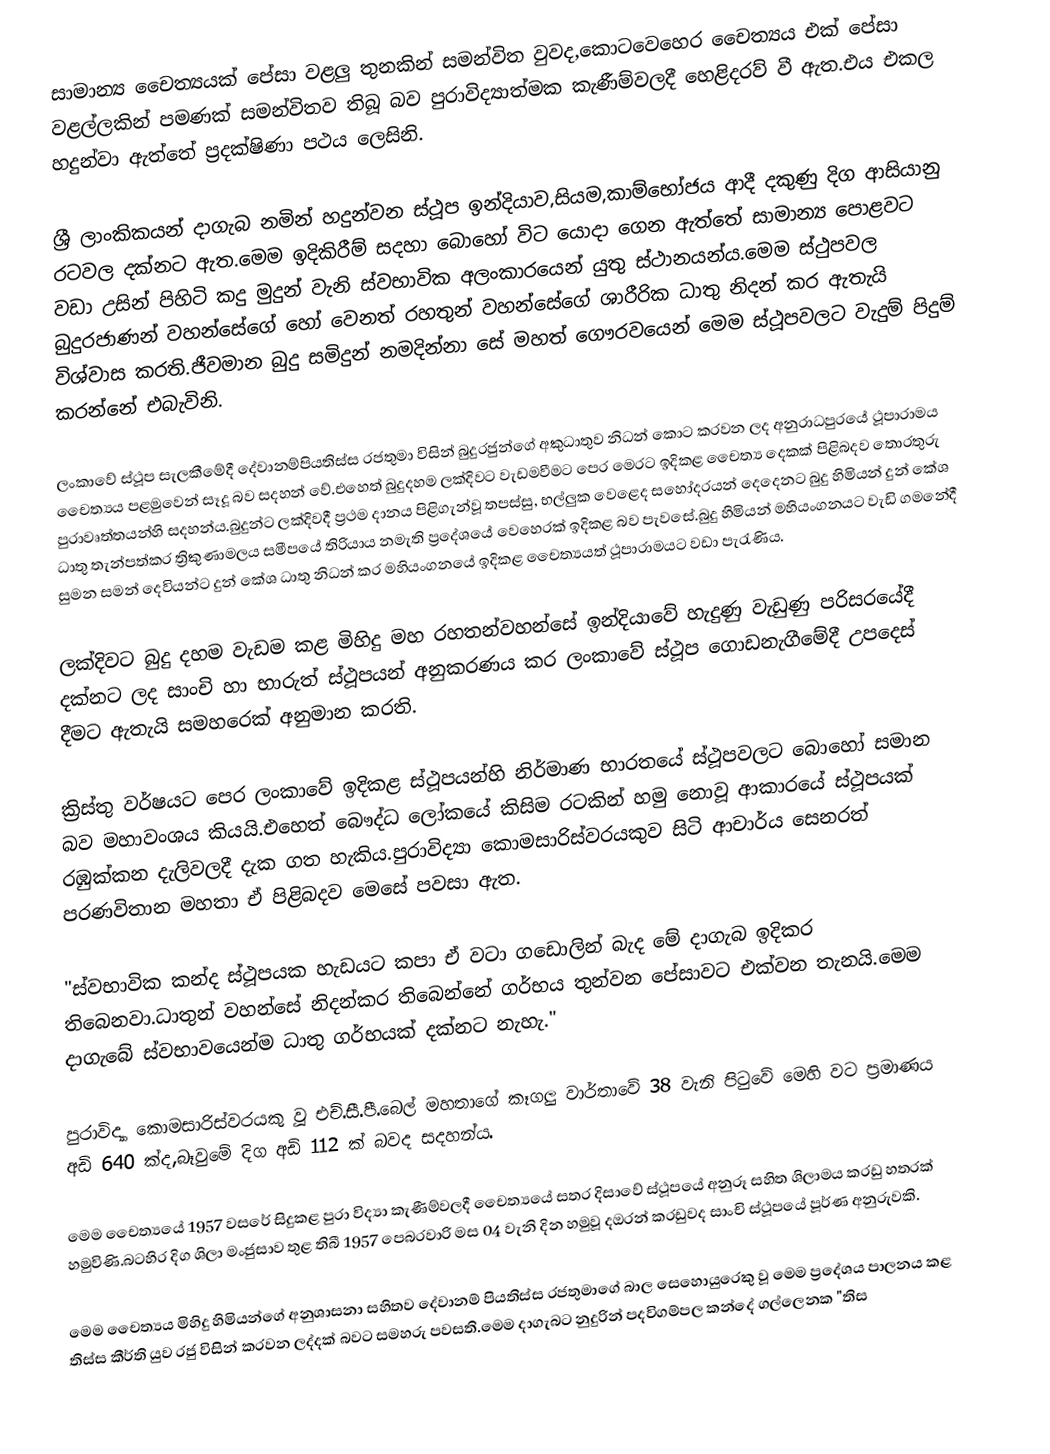
සාමාන්‍ය චෛත්‍යයක් පේසා වළලු තුනකින් සමන්විත වුවද,කොටවෙහෙර චෛත්‍යය එක් පේසා වළල්ලකින් පමණක් සමන්විතව තිබූ බව පුරාවිද්‍යාත්මක කැණීම්වලදී හෙළිදරව් වී ඇත.එය එකල හදුන්වා ඇත්තේ ප්‍රදක්ෂිණා පථය ලෙසිනි.

ශ්‍රී ලාංකිකයන් දාගැබ නමින් හදුන්වන ස්ථූප ඉන්දියාව,සියම,කාම්භෝජය ආදී දකුණු දිග ආසියානු රටවල දක්නට ඇත.මෙම ඉදිකිරීම් සදහා බොහෝ විට යොදා ගෙන ඇත්තේ සාමාන්‍ය පොළවට වඩා උසින් පිහිටි කදු මුදුන් වැනි ස්වභාවික අලංකාරයෙන් යුතු ස්ථානයන්ය.මෙම ස්ථුපවල බුදුරජාණන් වහන්සේගේ හෝ වෙනත් රහතුන් වහන්සේගේ ශාරීරික ධාතු නිදන් කර ඇතැයි විශ්වාස කරති.ජීවමාන බුදු සමිදුන් නමදින්නා සේ මහත් ගෞරවයෙන් මෙම ස්ථූපවලට වැදුම් පිදුම් කරන්නේ එබැවිනි.

ලංකාවේ ස්ථූප සැලකීමේදී දේවානම්පියතිස්ස රජතුමා විසින් බුදුරජුන්ගේ අකුධාතුව නිධන් කොට කරවන ලද අනුරාධපුරයේ ථූපාරාමය චෛත්‍යය පළමුවෙන් සෑදූ බව සදහන් වේ.එහෙත් බුදුදහම ලක්දිවට වැඩමවීමට පෙර මෙරට ඉදිකළ චෛත්‍ය දෙකක් පිළිබදව තොරතුරු පුරාවෘත්තයන්හි සදහන්ය.බුදුන්ට ලක්දිවදී ප්‍රථම දානය පිළිගැන්වූ තපස්සු, භල්ලුක වෙළෙද සහෝදරයන් දෙදෙනට බුදු හිමියන් දුන් කේශ ධාතු තැන්පත්කර ත්‍රිකුණාමලය සමීපයේ තිරියාය නමැති ප්‍රදේශයේ වෙහෙරක් ඉදිකළ බව පැවසේ.බුදු හිමියන් මහියංගනයට වැඩි ගමනේදී සුමන සමන් දෙවියන්ට දුන් කේශ ධාතු නිධන් කර මහියංගනයේ ඉදිකළ චෛත්‍යයත් ථූපාරාමයට වඩා පැරැණිය.

ලක්දිවට බුදු දහම වැඩම කළ මිහිදු මහ රහතන්වහන්සේ ඉන්දියාවේ හැදුණු වැඩුණු පරිසරයේදී දක්නට ලද සාංචි හා භාරුත් ස්ථූපයන් අනුකරණය කර ලංකාවේ ස්ථූප ගොඩනැගීමේදී උපදෙස් දීමට ඇතැයි සමහරෙක් අනුමාන කරති.

ක්‍රිස්තු වර්ෂයට පෙර ලංකාවේ ඉදිකළ ස්ථූපයන්හි නිර්මාණ භාරතයේ ස්ථූපවලට බොහෝ සමාන බව මහාවංශය කියයි.එහෙත් බෞද්ධ ලෝකයේ කිසිම රටකින් හමු නොවූ ආකාරයේ ස්ථූපයක් රඹුක්කන දැලිවලදී දැක ගත හැකිය.පුරාවිද්‍යා කොමසාරිස්වරයකුව සිටි ආචාර්ය සෙනරත් පරණවිතාන මහතා ඒ පිළිබදව මෙසේ පවසා ඇත.

"ස්වභාවික කන්ද ස්ථූපයක හැඩයට කපා ඒ වටා ගඩොලින් බැද මේ දාගැබ ඉදිකර තිබෙනවා.ධාතුන් වහන්සේ නිදන්කර තිබෙන්නේ ගර්භය තුන්වන පේසාවට එක්වන තැනයි.මෙම දාගැබේ ස්වභාවයෙන්ම ධාතු ගර්භයක් දක්නට නැහැ."

පුරාවිද්‍යා කොමසාරිස්වරයකු වූ එච්.සී.පී.බෙල් මහතාගේ කෑගලු වාර්තාවේ 38 වැනි පිටුවේ මෙහි වට ප්‍රමාණය අඩි 640 ක්ද,බෑවුමේ දිග අඩි 112 ක් බවද සදහන්ය.

මෙම චෛත්‍යයේ 1957 වසරේ සිදුකළ පුරා විද්‍යා කැණීම්වලදී චෛත්‍යයේ සතර දිසාවේ ස්ථූපයේ අනුරූ සහිත ශිලාමය කරඩු හතරක් හමුවිණි.බටහිර දිග ශිලා මංජුසාව තුළ තිබී 1957 පෙබරවාරි මස 04 වැනි දින හමුවූ දඔරන් කරඩුවද සාංචි ස්ථූපයේ පූර්ණ අනුරුවකි.

මෙම චෛත්‍යය මිහිදු හිමියන්ගේ අනුශාසනා සහිතව දේවානම් පියතිස්ස රජතුමාගේ බාල සෙහොයුරෙකු වූ මෙම ප්‍රදේශය පාලනය කළ තිස්ස කීර්ති යුව රජු විසින් කරවන ලද්දක් බවට සමහරු පවසති.මෙම දාගැබට නුදුරින් පදවිගම්පල කන්දේ ගල්ලෙනක "තිස